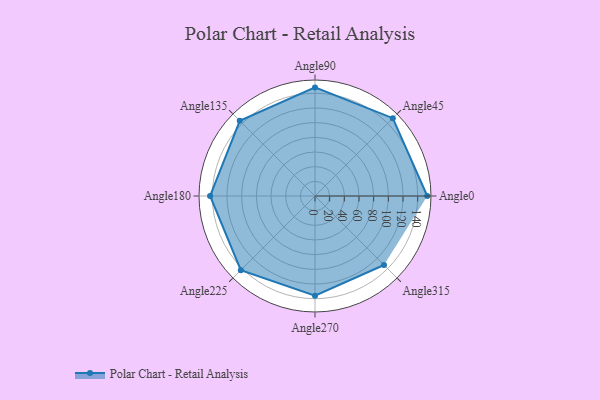
{"axis": {"x": "Angle", "y": "Radius"}, "legend": [""], "data": [{"x": "Angle0", "y": 153.0, "type": ""}, {"x": "Angle45", "y": 150.0, "type": ""}, {"x": "Angle90", "y": 148.0, "type": ""}, {"x": "Angle135", "y": 145.0, "type": ""}, {"x": "Angle180", "y": 143.0, "type": ""}, {"x": "Angle225", "y": 143.0, "type": ""}, {"x": "Angle270", "y": 136.0, "type": ""}, {"x": "Angle315", "y": 133.0, "type": ""}]}